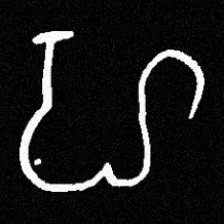
Pyu character \u2014 Myanmar letter: ဟ (romanized: ha)